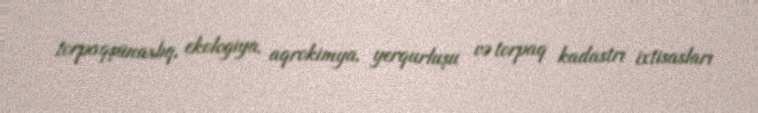
torpaqşünaslıq, ekologiya, aqrokimya, yerqurluşu və torpaq kadastrı ixtisasları